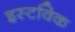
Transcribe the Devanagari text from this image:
इस्टविक